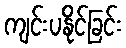
ကျင်းပနိုင်ခြင်း